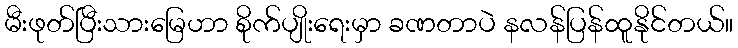
မီးဖုတ်ပြီးသားမြေဟာ စိုက်ပျိုးရေးမှာ ခဏတာပဲ နလန်ပြန်ထူနိုင်တယ်။